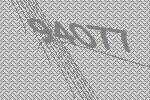
94077